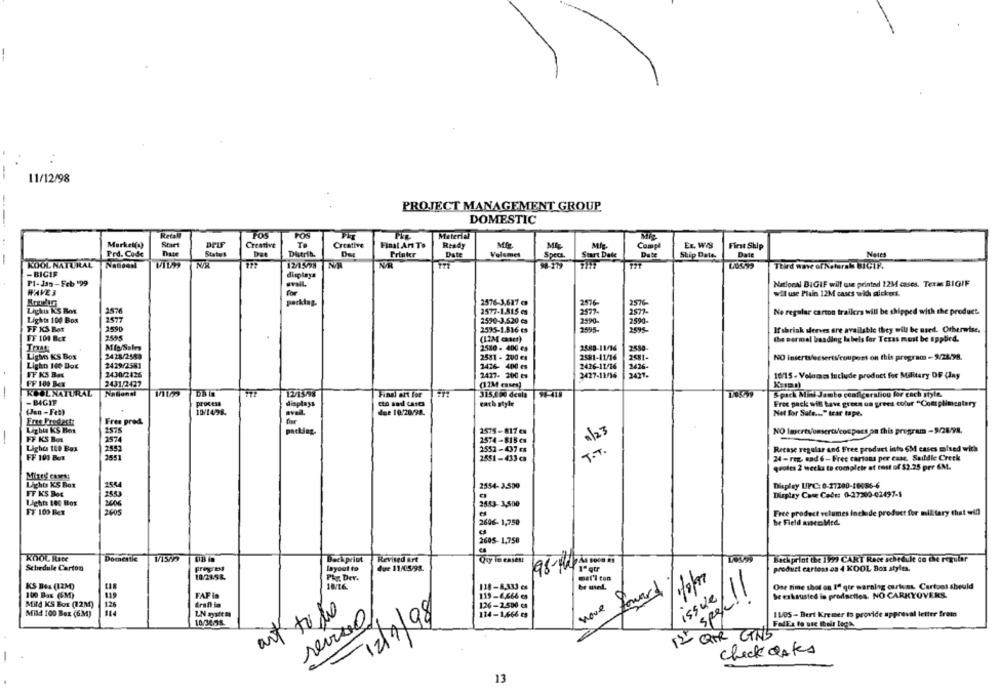
--
11/12/98
PROJECT MANAGEMENT GROUP
--
DOMESTIC
FOS
Pos
Material
Market(1)
Ta
Creative
Start
Creative
Final Arı To
Ready
Compl
Ex. WAS
First Ship
Frd. Cude
Date
Status
Dat
Distrib.
Printer
Date
Velemet
Start Date
Date
Ship Date.
Date
Netes
NA
1215/8
98-279
Speci.
KOOL NATURAL NaSOON
Third wave of Natural BICIK
- BICIF
displaya
PI-Jan-Feb '99
mail.
Natioral BIGIF will csa printed 12M cases. Term BIGIF
WAVE 3
wil use Plain 12M cases wich stickert.
porking.
2576-3,687 @
2576
Lighu K'S Box
2576
2577-1.815 es
No regular carton trailers will be shipped with the product.
Lights 100 Box
2577
2590-3,520 es
2590-
FF KS Bot
2590
2595-1.836 es
2593
If'shrink sleeves are available they will be used. Otherwise.
FF 104 Ber
2595
(12M caser)
the normal baading labels for Texas must be applied.
Mig/Sales
2680-11/16
2580 - 400 es
Lights KS Box
2428/2583
2581 - 200 es
2581-11/16
NO insertv/scserts/couposs on this program - 5/2498.
Lighn 140 Bot
2429/2581
1426- 400 es
FF KS Bas
2430/2426
2427- 200 es
2427-11/16
16/15- Veloces Include product for Military OF Clay
FF 100 Bcx
2431.2427
(12M cases)
KOOL NATURAL
12/1998
Findi art for
315.000 deals
Spack Mini Jambo ceafiçeraliou for each style.
- B4GIF
Process
displays
cto and cases
each style
Free pack will have green on grees color "Complimentary
10/1498.
(Jan -Feb)
dee 10:20/98.
Net for Sale ... " tear tape.
Free Predest
Free prod.
Lizby KS Bes
2575-817 en
NO lasertvoeserti/compact on this program -9/28/98.
FF KS Boa
2574
2574-818es
Lights 100 Box
2552
2552-407 Es
Retase regular and Free product into 6M cases mised with
FF 101 Bel
355
2551 - 433 cs
24 - reg. sad 6 - Free carsons per caac. Saddle Creek
quotes 2 wecka to complete et cost of $2.25 per 6M.
Lights KS Box
2554- 3,500
Display UPC: 6-27200-10086-6
FF KS Box
Display Case Code: 0-27300-62437-5
Light: 100 Bos
2553-3,500
FF 100 Bcx
2005
es
Free product velumes Inchede product for military chat will
2606- 1,750
be Field antes Med.
2605-1,750
KOOL Rate
Domestic
Dack print
Revised &rt
Quy in cases
Backprint the 199 CART Rece schedule do the regular
Schedule Carton
Pregres
layout to
Que 11/05/98.
l"qtr
product cartoss os 4 KOOL Box styles.
10.24.5&
Phy. Dev.
KS Box (125-0)
118-8,333 es
11
One time shot on 1ª qir waralig curiens. Cartoot should
100 Bas (EM)
FAF In
119-6,666 es
move forward
15sue
be exhausted in predaetles. NO CARKYOVERS.
Mild KS Box (12M)
dran ia
126-2.500 c
spel !
Mild 100 Box (GM)
11
LN gutm
art towe
114-1,666 ca
11/05 - Bert Kremer to provide approval letter frein
10:34.58
12/1/98
12 QOR CING
check dates
13